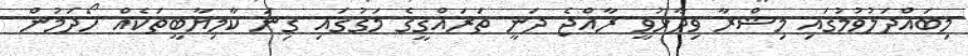
މިބައްދަލުވުމުގައި މިޝްރާ ވިދާޅުވީ ރާއްޖެ ދަނީ ތަރައްޤީގެ މަގުގައި ގިނަ ކާމިޔާބީތަކެއް ހޯދަމުން